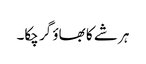
ہر شے کا بھاؤ گر چکا۔